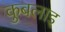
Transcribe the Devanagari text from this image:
कुबलाइ